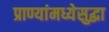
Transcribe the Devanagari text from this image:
प्राण्यांमध्येसुद्धा